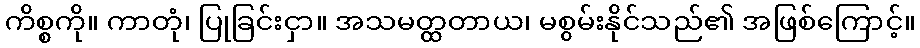
ကိစ္စကို။ ကာတုံ၊ ပြုခြင်းငှာ။ အသမတ္ထတာယ၊ မစွမ်းနိုင်သည်၏ အဖြစ်ကြောင့်။